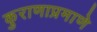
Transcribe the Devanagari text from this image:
कुराणाप्रमाणे